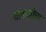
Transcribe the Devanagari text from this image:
बलाजींचा